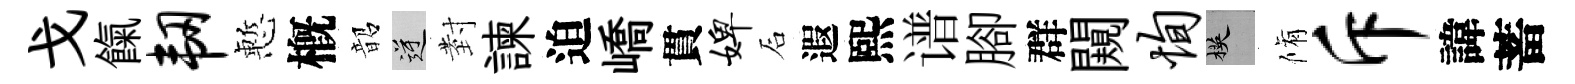
戈餼韧慙槪韶逆𭔹諫迫嶠貫婢石遐熙谱腳群闚恂楧脩斥諱蓄